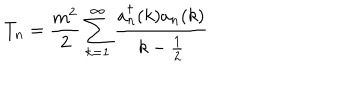
T _ { n } = \frac { m ^ { 2 } } { 2 } \sum _ { k = 1 } ^ { \infty } \frac { a _ { n } ^ { \dagger } ( k ) a _ { n } ( k ) } { k - \frac { 1 } { 2 } }